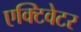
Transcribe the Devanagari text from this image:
एक्टिवेटर